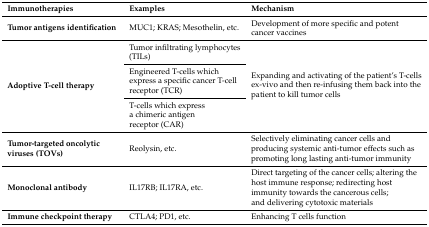
| Immunotherapies | Examples | Mechanism |
 | --- | --- | --- |
 | Tumor antigens identification | MUC1; KRAS; Mesothelin, etc. | Development of more specific and potent cancer vaccines |
 | <ROWSPAN=3> Adoptive T-cell therapy | Tumor infiltrating lymphocytes (TILs) | <ROWSPAN=3> Expanding and activating of the patient’s T-cells ex-vivo and then re-infusing them back into the patient to kill tumor cells |
 | Engineered T-cells which express a specific cancer T-cell receptor (TCR) |
 | T-cells which express a chimeric antigen receptor (CAR) |
 | Tumor-targeted oncolytic viruses (TOVs) | Reolysin, etc. | Selectively eliminating cancer cells and producing systemic anti-tumor effects such as promoting long lasting anti-tumor immunity |
 | Monoclonal antibody | IL17RB; IL17RA, etc. | Direct targeting of the cancer cells; altering the host immune response; redirecting host immunity towards the cancerous cells; and delivering cytotoxic materials |
 | Immune checkpoint therapy | CTLA4; PD1, etc. | Enhancing T cells function |